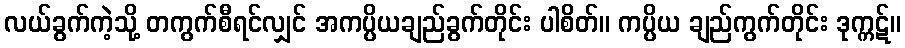
လယ်ခွက်ကဲ့သို့ တကွက်စီရင်လျှင် အကပ္ပိယချည်ခွက်တိုင်း ပါစိတ်။ ကပ္ပိယ ချည်ကွက်တိုင်း ဒုက္ကဋ်။